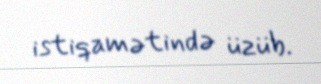
istiqamətində üzüb.